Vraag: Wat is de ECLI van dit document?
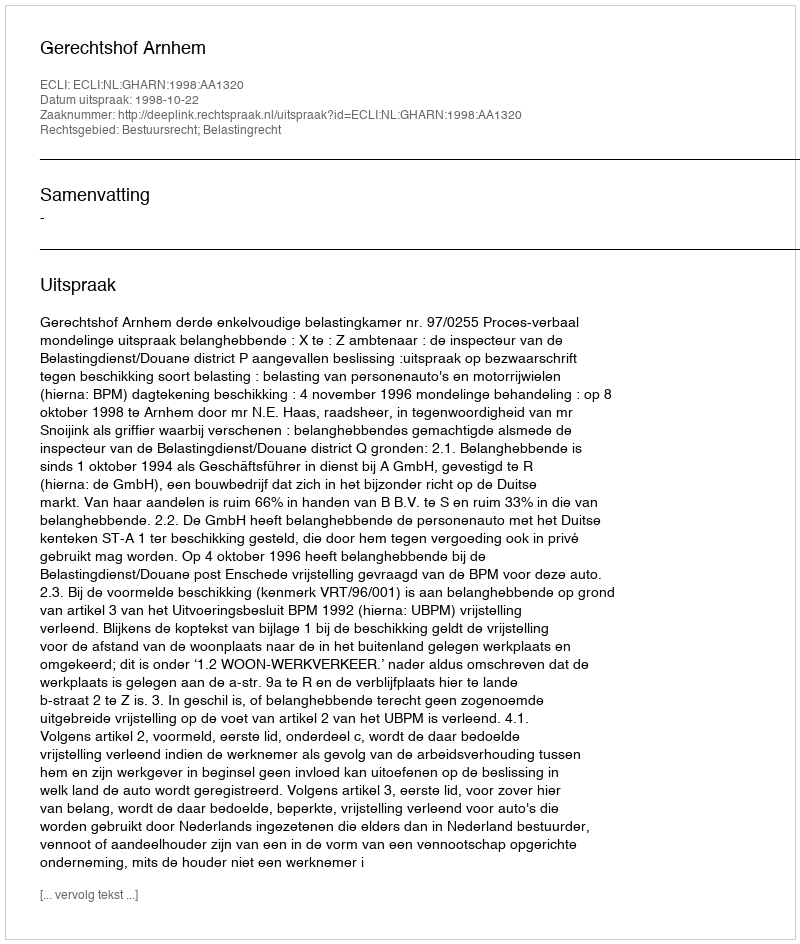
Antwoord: ECLI:NL:GHARN:1998:AA1320